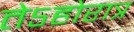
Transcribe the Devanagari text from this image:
तेऽहोरात्र